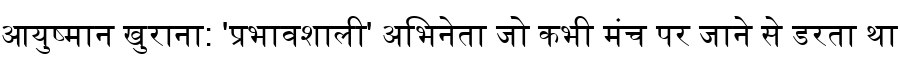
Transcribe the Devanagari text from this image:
आयुष्मान खुराना: 'प्रभावशाली' अभिनेता जो कभी मंच पर जाने से डरता था